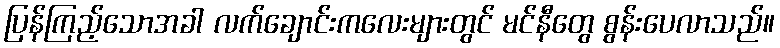
ပြန်ကြည့်သောအခါ လက်ချောင်းကလေးများတွင် မင်နီတွေ စွန်းပေလာသည်။